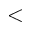
<